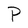
Character: P